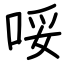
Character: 哸